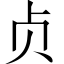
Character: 贞